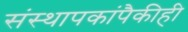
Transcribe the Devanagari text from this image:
संस्थापकांपैकीही